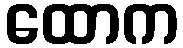
ထောက